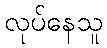
လုပ်နေသူ